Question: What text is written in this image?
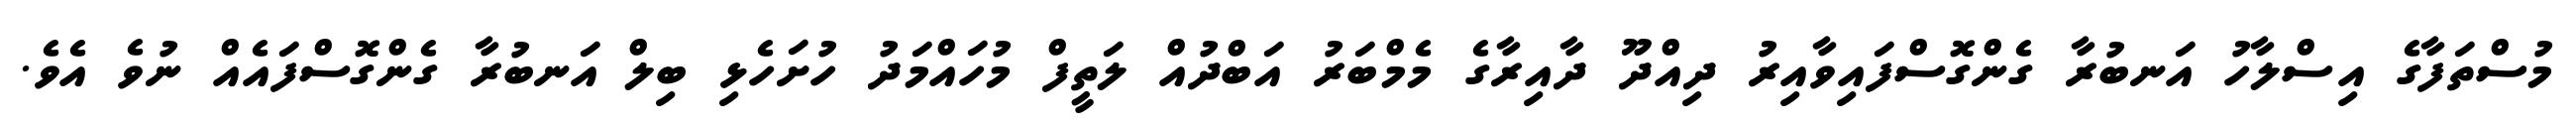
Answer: މުސްތަފާގެ އިސްލާހު އަނބުރާ ގެންގޮސްފައިވާއިރު ދިއްދޫ ދާއިރާގެ މެމްބަރު އަބްދުއް ލަތީފް މުހައްމަދު ހުށަހެޅި ބިލް އަނބުރާ ގެންގޮސްފައެއް ނުވެ އެވެ.